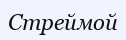
Стреймой